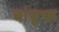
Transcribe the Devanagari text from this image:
बांबुचा